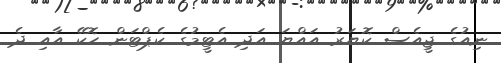
ނިއުގެ ޖީއެސް ކޮޔަރު އައްޔަ އަދި އެޓީމުގެ ކެޕްޓަން ހޮކޭ އާއި ދެ